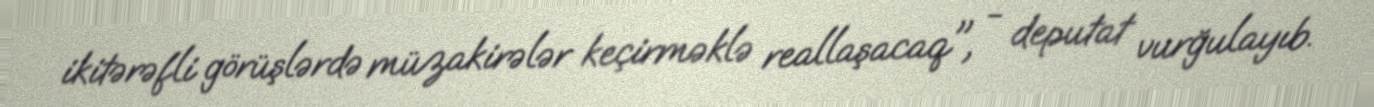
ikitərəfli görüşlərdə müzakirələr keçirməklə reallaşacaq", - deputat vurğulayıb.